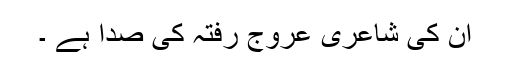
ان کی شاعری عروج رفتہ کی صدا ہے ۔